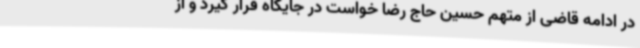
در ادامه قاضی از متهم حسین حاج رضا خواست در جایگاه قرار گیرد و از